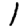
Digit: 1